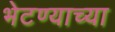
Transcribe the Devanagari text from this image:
भेटण्याच्या